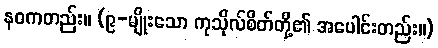
နဝကတည်း။ (၉-မျိုးသော ကုသိုလ်စိတ်တို့၏ အပေါင်းတည်း။)